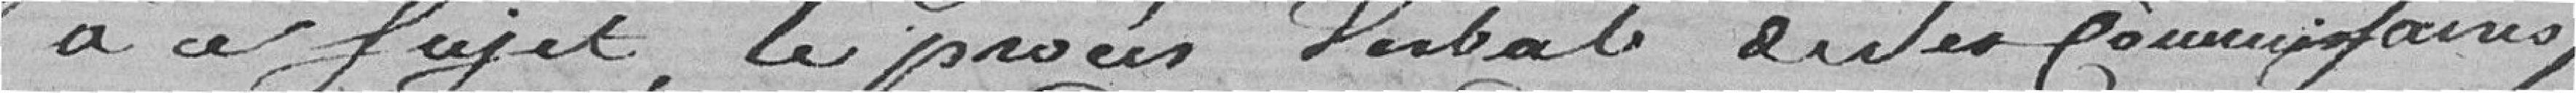
à ce sujet, le procès verbal de ses commissaires,